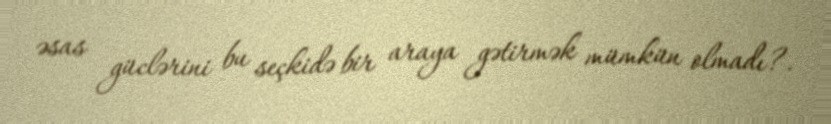
əsas güclərini bu seçkidə bir araya gətirmək mümkün olmadı?.